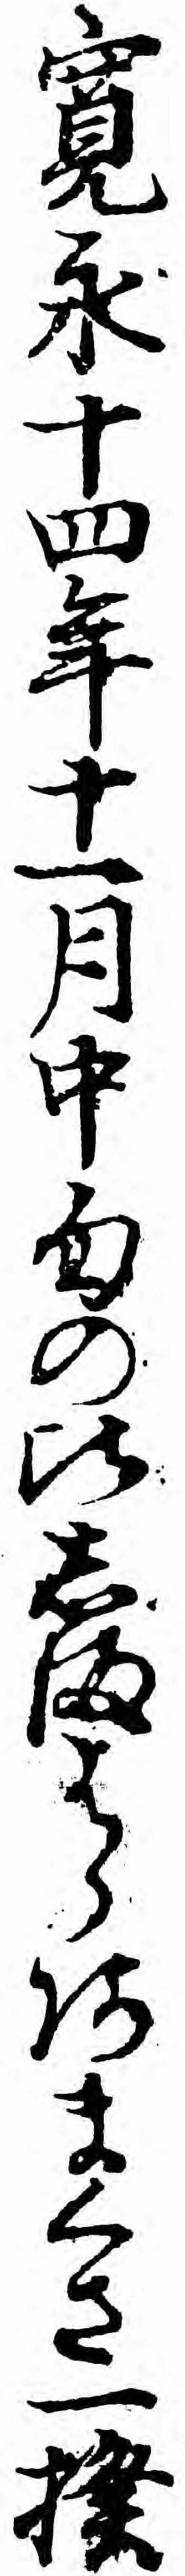
寛永十四年十一月中旬の比しまはらあまくさ一揆